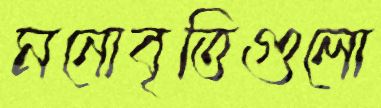
মনোবৃত্তিগুলো